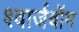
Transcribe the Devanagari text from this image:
श्वार्जबॉम